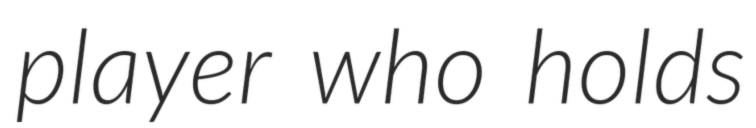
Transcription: player who holds